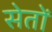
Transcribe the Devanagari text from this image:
सेतों